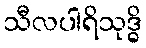
သီလပါရိသုဒ္ဓိ